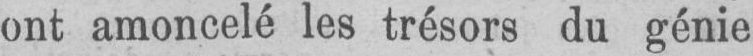
ont amoncelé les trésors du génie